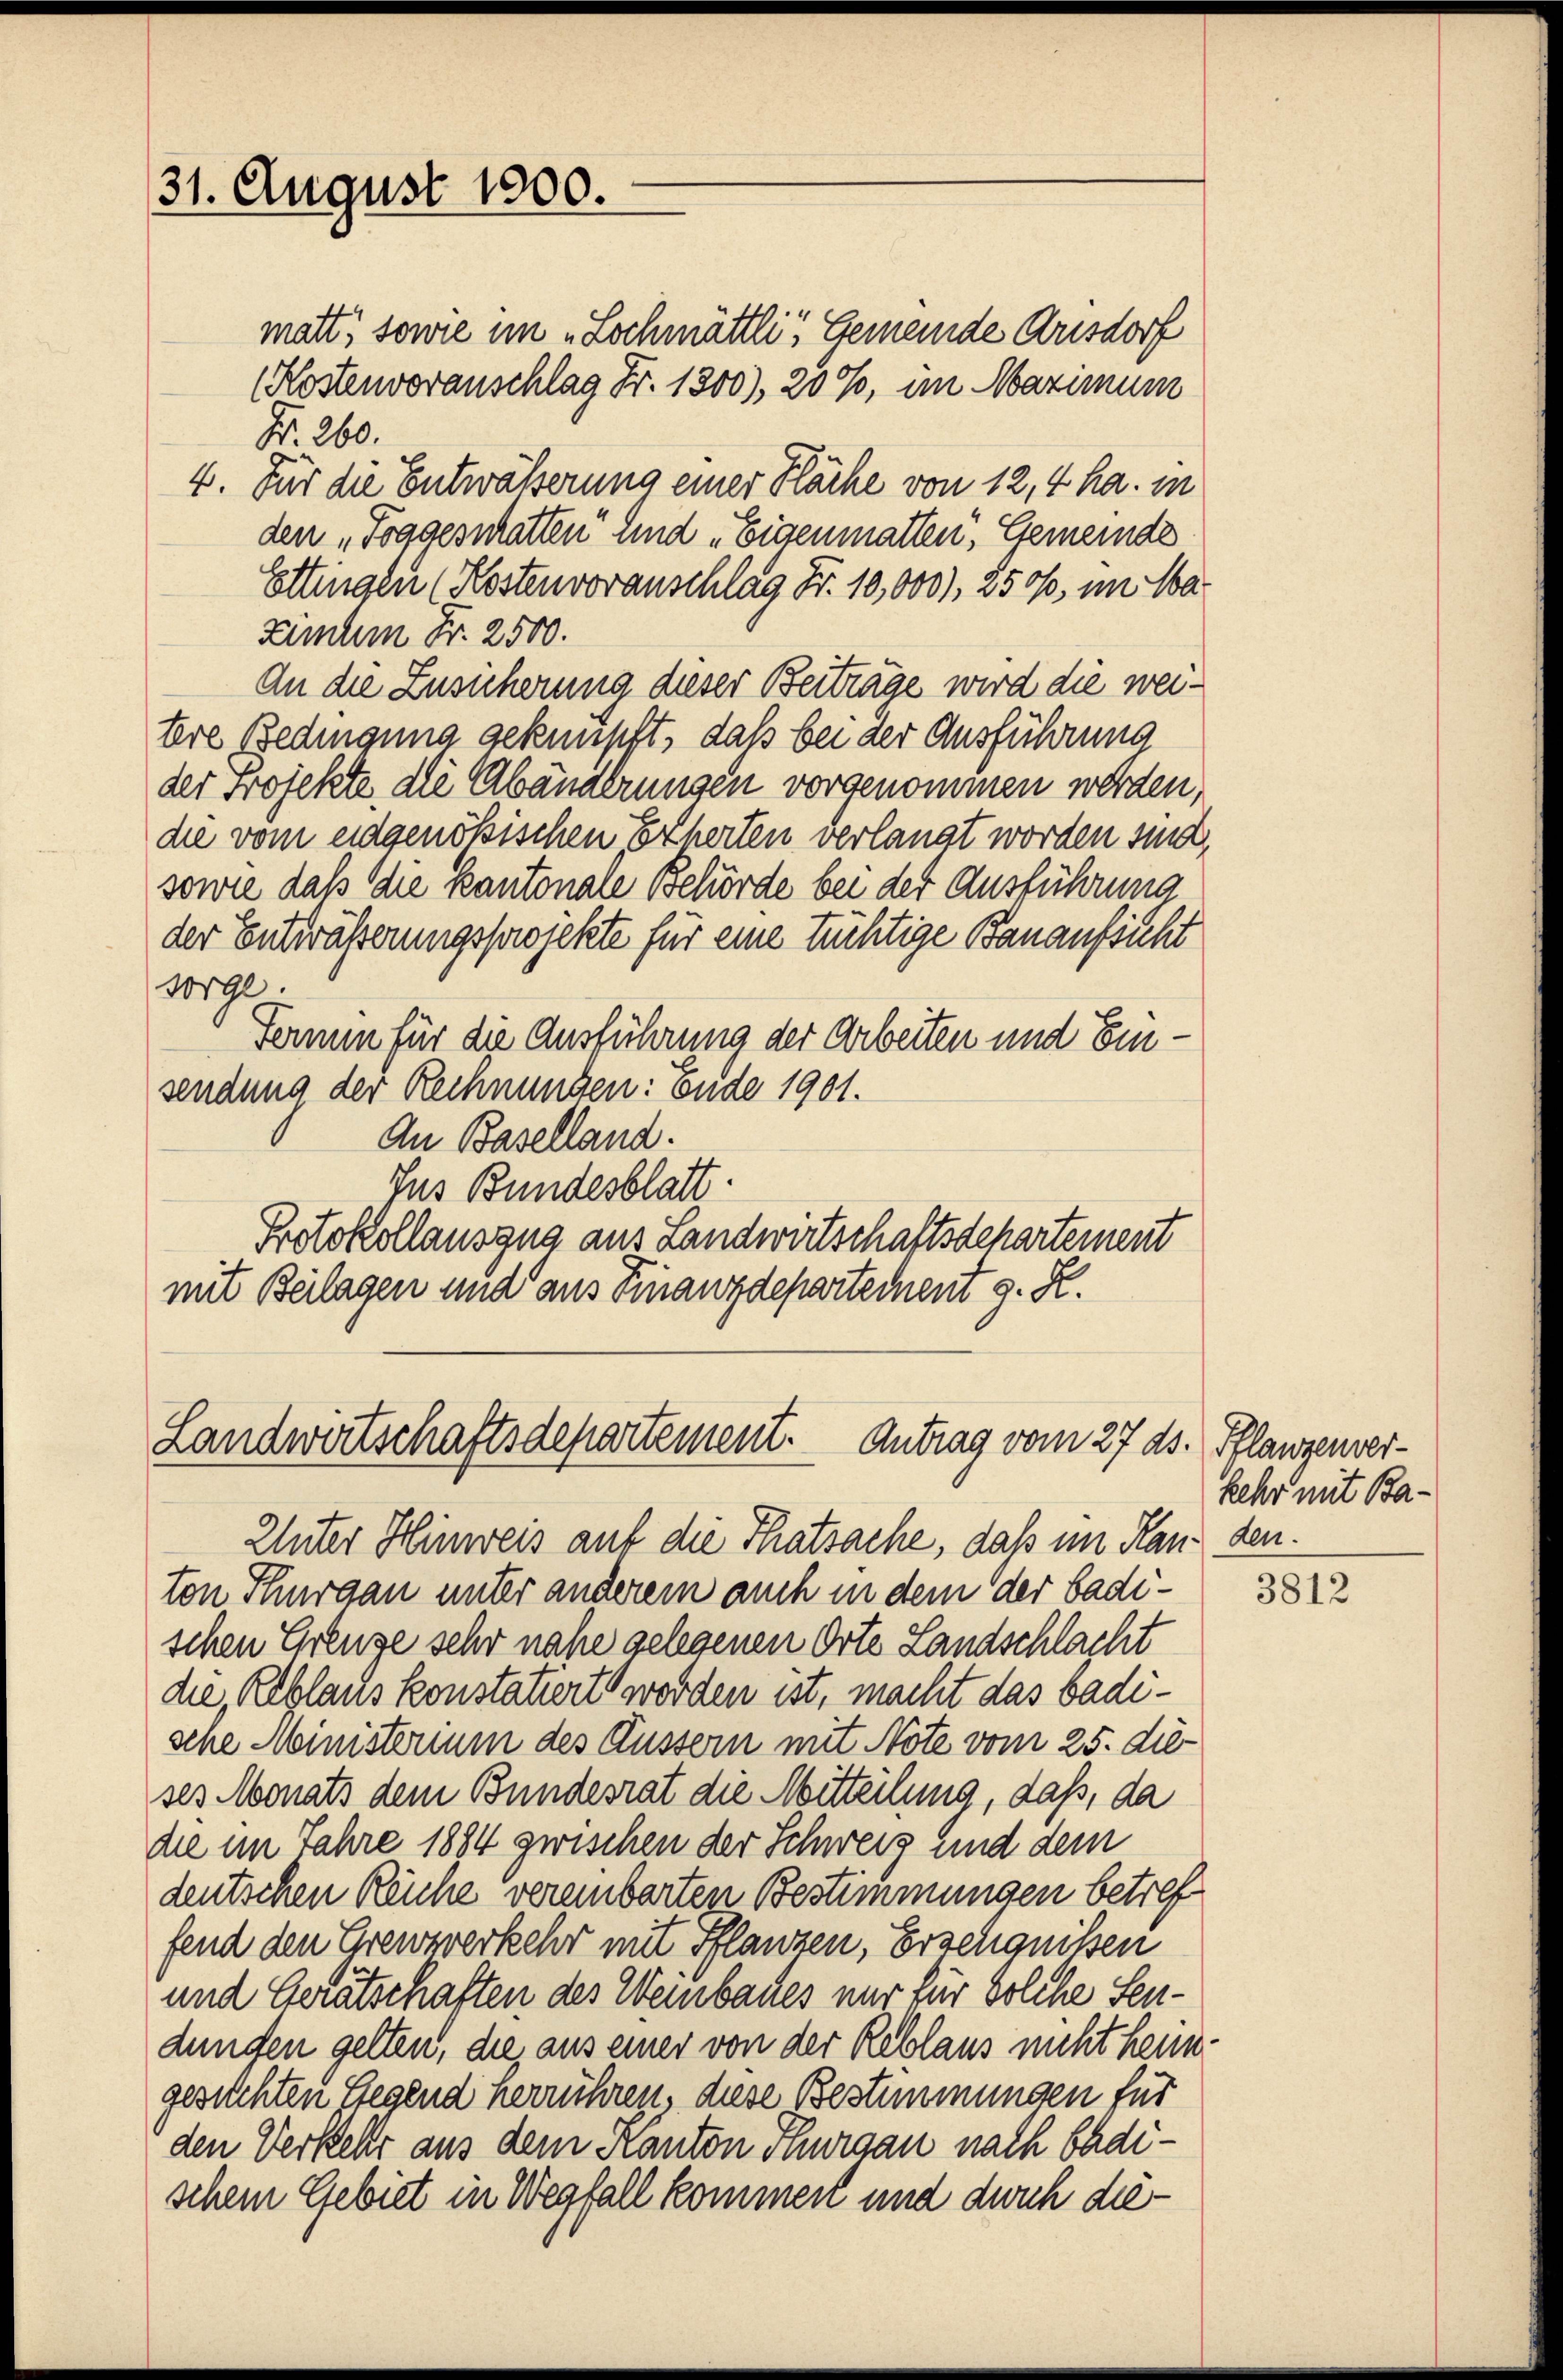
31. August 1800.

matt, sowie im „Lochmättli, Gemeinde Auisdorf
(Kostenvoranschlag Fr. 1300), 20%, im Maximum
Fr. 260.
4. Für die Entwässerung einer Fläche von 12, 4 ha. in
den „Toggestatten sind „Eigenmatten, Gemeinde
Ettingen (Kostenvoranschlag Fr. 10,000), 250f, im Ma¬
Zimum Fr. 2500.
An die Zusicherung dieser Beiträge wird die wei¬
Ere Bedingung geknüpft, daß bei der Ausführung
der Projekte die Abänderungen vorgenommen worden,
die vom eidgenößischen Eherten verlangt worden sind,
sowie daß die Kantonale Behörde bei der Ausführung
der Entwässerungsprojekte für eine tüchtige Bauaufsicht
sorgl.
Fermin für die Ausführung der Arbeiten und Einsendung der Rechnungen: Ende 1901.
An Baselland.
Ins Bundesblatt.
Protokollauszug aus Landwirtschaftsdepartement
mit Beilagen und aus Finanzdepartement z. R.

Landwirtschaftsdepartement. Antrag vom 27. ds. Pflanzenver¬

Unter Hinweis auf die Thatsache, daß im Handen.
ton Thurgau unter anderem auch in dem der badischen Grenze sehr nahe gelegenen Orte Landschlacht
die, Reblaus konstatiert worden ist, macht das Badische Ministerium des Äussern mit Note vom 25. dieses Monats dem Bundesrat die Mitteilung, daß, da
die im Jahre 1884 zwischen der Schweiz und dem
deutschen Reiche vereinbarten Bestimmungen betref
fend den Grenzverkehr mit Pflanzen, Erzeugnissen
und Gerätschaften des Weinbaues nur für Solche Sendungen gelten, die aus einer von der Reblaus nicht heimgesuchten Gegend herrühren, diese Bestimmungen für
den Verkehr aus dem Kanton Thurgau nach Badischem Gebiet in Wegfall kommert und durch die¬

kehr mit Ba¬

3812